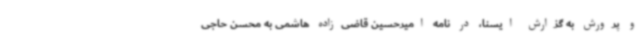
و پرورش به گزارش ایسنا، در نامه امیرحسین قاضی‌زاده هاشمی به محسن حاجی